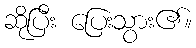
ဆိုပြီး ပြေးသွား၏။